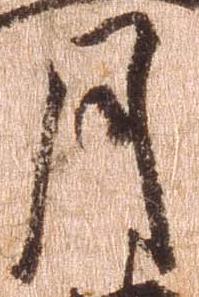
月